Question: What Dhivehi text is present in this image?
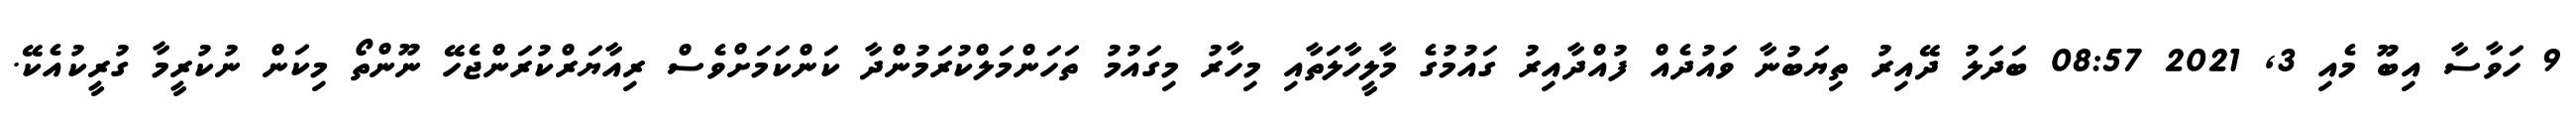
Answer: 9 ހަވާސާ އިބޫ މެއި 3, 2021 08:57 ބަދަލު ދޭއިރު ތިޔަބުނާ ވައުދެއް ފުއްދާއިރު ގައުމުގެ މާލީހާލަތާއި މިހާރު މިގައުމު ތަހަންމަލްކުރަމުންދާ ކަންކަމަށްވެސް ރިއާޔަރްކުރަންޖެހޭ ނޫންތޯ މިކަން ނުކުރީމާ ގުރީކުއެކޭ.